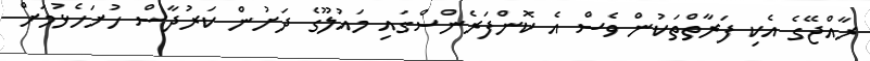
ރާއްޖޭގެ އެކި ފަރާތްތަކުން ވެސް އެ ކޮންފަރެންސްގައި މައުލޫގެ ދަށުން ކަރުދާސް ހުށަހެޅުމަށް